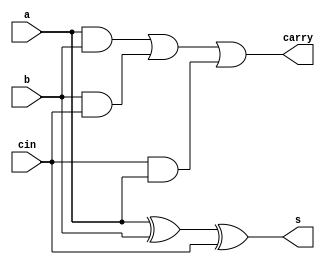
`timescale 1ns / 1ps
//////////////////////////////////////////////////////////////////////////////////
// Module Name:    full_adder 
// Project Name: Full Adder
// Tool versions: Xilinx ISE Design Suit 14.7
// Revision 0.01 - File Created
//////////////////////////////////////////////////////////////////////////////////
module full_adder(a,b,cin,s,carry);
input a,b,cin;
output s,carry;
assign s=a^b^cin;
assign carry=(a&b)|(b&cin)|(cin&a);
endmodule